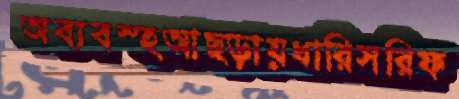
অব্যবস্হআছ্‌ড়ায়ধারিসরিফ